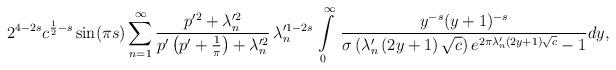
LaTeX: \begin{align*}2^{4-2s}c^{\frac{1}{2}-s}\sin(\pi s)\sum_{n=1}^{\infty}\frac{p^{\prime2}+\lambda_{n}^{\prime2}}{p^{\prime}\left(p^{\prime}+\frac{1}{\pi}\right)+\lambda_{n}^{\prime2}}\,\lambda_{n}^{\prime1-2s}\,\intop_{0}^{\infty}\,\frac{y^{-s}(y+1)^{-s}}{\sigma\left(\lambda_{n}^{\prime}\,(2y+1)\,\sqrt{c}\right)e^{2\pi\lambda_{n}^{\prime}(2y+1)\sqrt{c}}-1}dy,\end{align*}